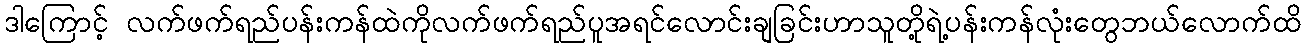
ဒါကြောင့် လက်ဖက်ရည်ပန်းကန်ထဲကိုလက်ဖက်ရည်ပူအရင်လောင်းချခြင်းဟာသူတို့ရဲ့ပန်းကန်လုံးတွေဘယ်လောက်ထိ